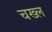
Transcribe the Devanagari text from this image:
चख्ल